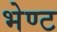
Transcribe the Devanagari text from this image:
भेण्ट